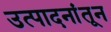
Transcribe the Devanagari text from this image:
उत्पादनांतून